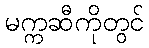
မက္ကဆီကိုတွင်